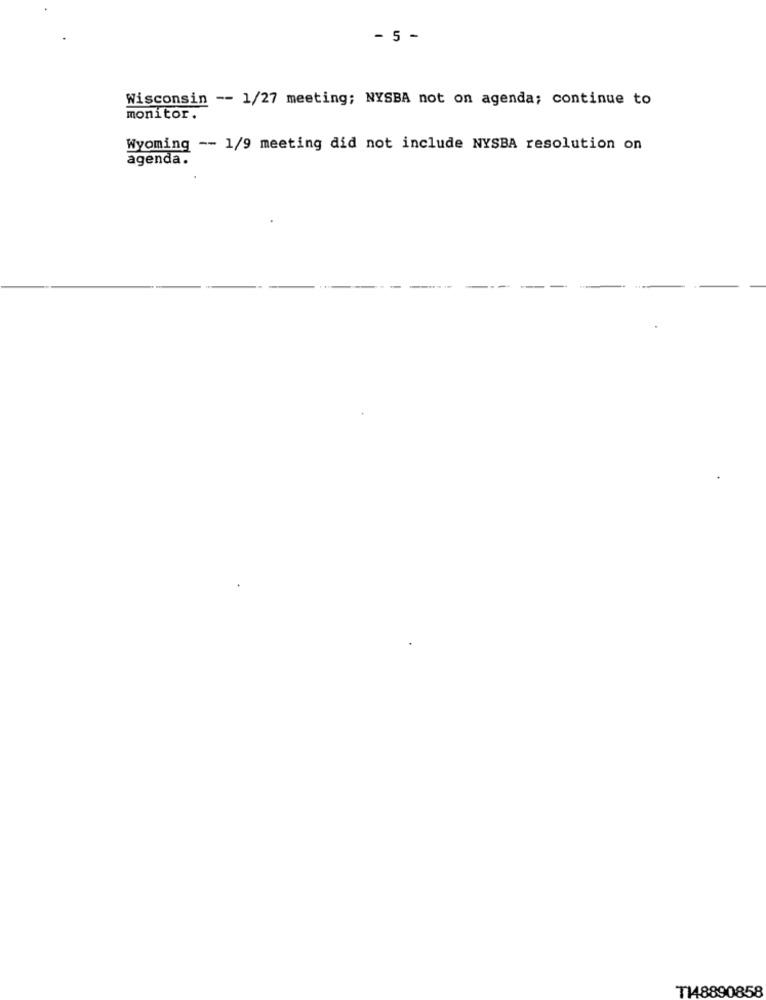
- 5 -
Wisconsin -- 1/27 meeting; NYSBA not on agenda; continue to
monitor.
Wyoming -- 1/9 meeting did not include NYSBA resolution on
agenda.
T148890858